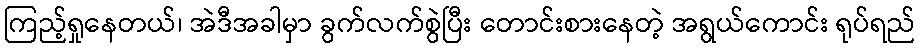
ကြည့်ရှုနေတယ်၊ အဲဒီအခါမှာ ခွက်လက်စွဲပြီး တောင်းစားနေတဲ့ အရွယ်ကောင်း ရုပ်ရည်